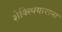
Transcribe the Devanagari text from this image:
शेक्स्पियाराना